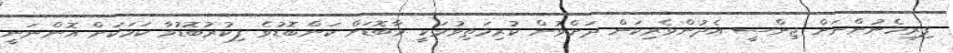
ފިރިހެނުންނަށް ޖިންސީ އެދުންވެރިކަން ދަށްވުން ކުރިމަތިވުމަކީ މާބޮޑަށް ކަންބޮޑުވެ ފިކުރުބޮޑުވާ ކަމަކަށް އޮންނަނީ